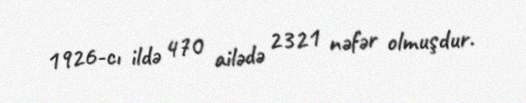
1926-cı ildə 470 ailədə 2321 nəfər olmuşdur.